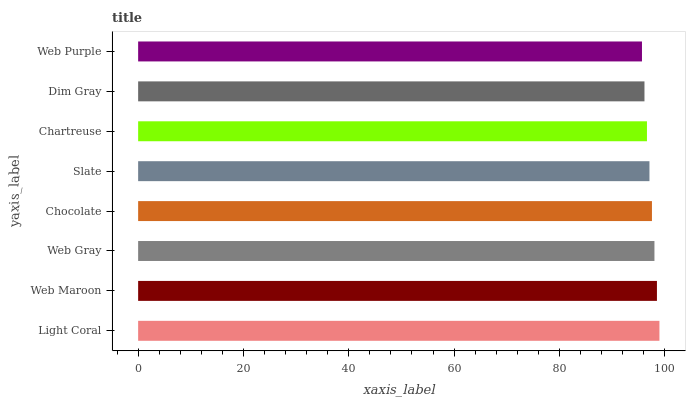
| yaxis_label | bars |
 | --- | --- |
 | Light Coral | 99 |
 | Web Maroon | 98.5 |
 | Web Gray | 98.1 |
 | Chocolate | 97.6 |
 | Slate | 97.1 |
 | Chartreuse | 96.6 |
 | Dim Gray | 96.2 |
 | Web Purple | 95.7 |